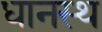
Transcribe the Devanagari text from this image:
धानस्थ